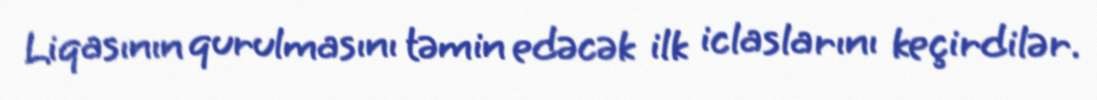
Liqasının qurulmasını təmin edəcək ilk iclaslarını keçirdilər.